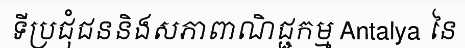
ទីប្រជុំជននិងសភាពាណិជ្ជកម្ម Antalya នៃ